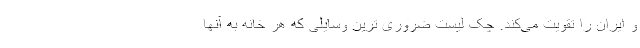
و ایران را تقویت می‌کند. چک لیست ضروری ترین وسایلی که هر خانه به آنها